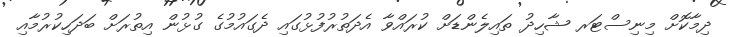
ދިމާކޮށް މިނިސްޓަރ ޝާހިދު ތައިލެންޑަށް ކުރައްވާ އެދަތުރުފުޅުގައި ދެގައުމުގެ ގުޅުން އިތުރަށް ބަދަހިކުރުމާއި